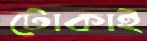
টোকাই